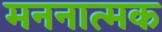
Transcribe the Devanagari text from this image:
मननात्मक